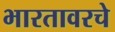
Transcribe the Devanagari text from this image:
भारतावरचे